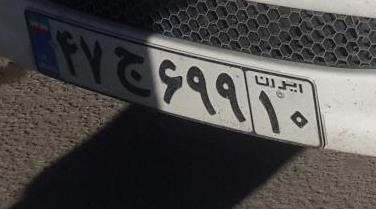
۴۷ج۶۹۹۱۰